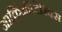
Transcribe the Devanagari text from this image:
आर्किऑप्टेरिक्स